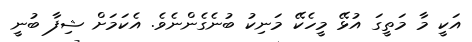
އަކީ މާ މަތީގަ އުޅޭ މީހެކޭ މަނިކު ބުނެގެންނެވެ. އެކަމަށް ޝިފާ ބުނީ